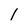
Character: l